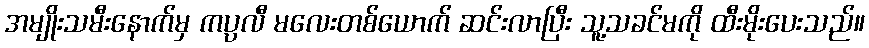
အမျိုးသမီးနောက်မှ ကပ္ပလီ မလေးတစ်ယောက် ဆင်းလာပြီး သူ့သခင်မကို ထီးမိုးပေးသည်။